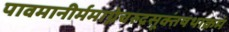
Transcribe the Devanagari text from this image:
पावमानीर्ममाग्नेचरुद्रसूक्तंयथाक्रमं